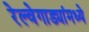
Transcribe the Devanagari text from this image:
रेल्वेगाड्यांमध्ये